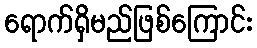
ရောက်ရှိမည်ဖြစ်ကြောင်း